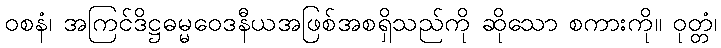
ဝစနံ၊ အကြင်ဒိဋ္ဌဓမ္မဝေဒနီယအဖြစ်အစရှိသည်ကို ဆိုသော စကားကို။ ဝုတ္တံ၊